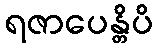
ရဇာပေန္တိပိ